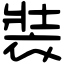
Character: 裝